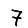
Digit: 7